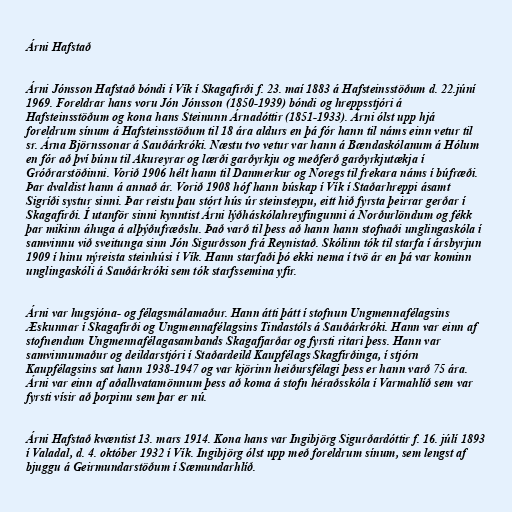
Árni Hafstað

Árni Jónsson Hafstað bóndi í Vík í Skagafirði f. 23. maí 1883 á Hafsteinsstöðum d. 22.júní
1969. Foreldrar hans voru Jón Jónsson (1850-1939) bóndi og hreppsstjóri á
Hafsteinsstöðum og kona hans Steinunn Árnadóttir (1851-1933). Árni ólst upp hjá
foreldrum sínum á Hafsteinsstöðum til 18 ára aldurs en þá fór hann til náms einn vetur til
sr. Árna Björnssonar á Sauðárkróki. Næstu tvo vetur var hann á Bændaskólanum á Hólum
en fór að því búnu til Akureyrar og lærði garðyrkju og meðferð garðyrkjutækja í
Gróðrarstöðinni. Vorið 1906 hélt hann til Danmerkur og Noregs til frekara náms í búfræði.
Þar dvaldist hann á annað ár. Vorið 1908 hóf hann búskap í Vík í Staðarhreppi ásamt
Sigríði systur sinni. Þar reistu þau stórt hús úr steinsteypu, eitt hið fyrsta þeirrar gerðar í
Skagafirði. Í utanför sinni kynntist Árni lýðháskólahreyfingunni á Norðurlöndum og fékk
þar mikinn áhuga á alþýðufræðslu. Það varð til þess að hann hann stofnaði unglingaskóla í
samvinnu við sveitunga sinn Jón Sigurðsson frá Reynistað. Skólinn tók til starfa í ársbyrjun
1909 í hinu nýreista steinhúsi í Vík. Hann starfaði þó ekki nema í tvö ár en þá var kominn
unglingaskóli á Sauðárkróki sem tók starfssemina yfir.

Árni var hugsjóna- og félagsmálamaður. Hann átti þátt í stofnun Ungmennafélagsins
Æskunnar í Skagafirði og Ungmennafélagsins Tindastóls á Sauðárkróki. Hann var einn af
stofnendum Ungmennafélagasambands Skagafjarðar og fyrsti ritari þess. Hann var
samvinnumaður og deildarstjóri í Staðardeild Kaupfélags Skagfirðinga, í stjórn
Kaupfélagsins sat hann 1938-1947 og var kjörinn heiðursfélagi þess er hann varð 75 ára.
Árni var einn af aðalhvatamönnum þess að koma á stofn héraðsskóla í Varmahlíð sem var
fyrsti vísir að þorpinu sem þar er nú.

Árni Hafstað kvæntist 13. mars 1914. Kona hans var Ingibjörg Sigurðardóttir f. 16. júlí 1893
í Valadal, d. 4. október 1932 í Vík. Ingibjörg ólst upp með foreldrum sínum, sem lengst af
bjuggu á Geirmundarstöðum í Sæmundarhlíð.